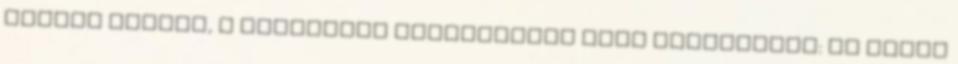
Zsiday Viktor, a Citadella befektetési alap irányítója: Az ábrán